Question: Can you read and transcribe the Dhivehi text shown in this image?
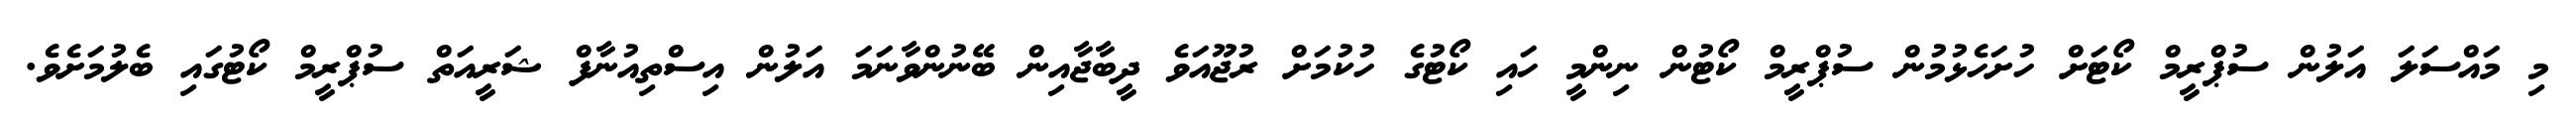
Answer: މި މައްސަލަ އަލުން ސުޕްރީމް ކޯޓަށް ހުށަހެޅުމުން ސުޕްރީމް ކޯޓުން ނިންމީ ހައި ކޯޓުގެ ހުކުމަށް ރުޖޫއަވެ ދީބާޖާއިން ބޭނުންވާނަމަ އަލުން އިސްތިއުނާފް ޝަރީއަތް ސުޕްރީމް ކޯޓުގައި ބެލުމަށެވެ.